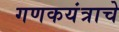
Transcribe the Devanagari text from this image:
गणकयंत्राचे